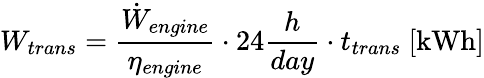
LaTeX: W_{trans}=\frac{\dot{W}_{engine}}{\eta_{engine}}\cdot 24\frac{{h}}{{day}}\cdot{t}_{trans}\ [\mathrm{kWh}]